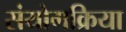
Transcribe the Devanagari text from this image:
संयोगक्रिया